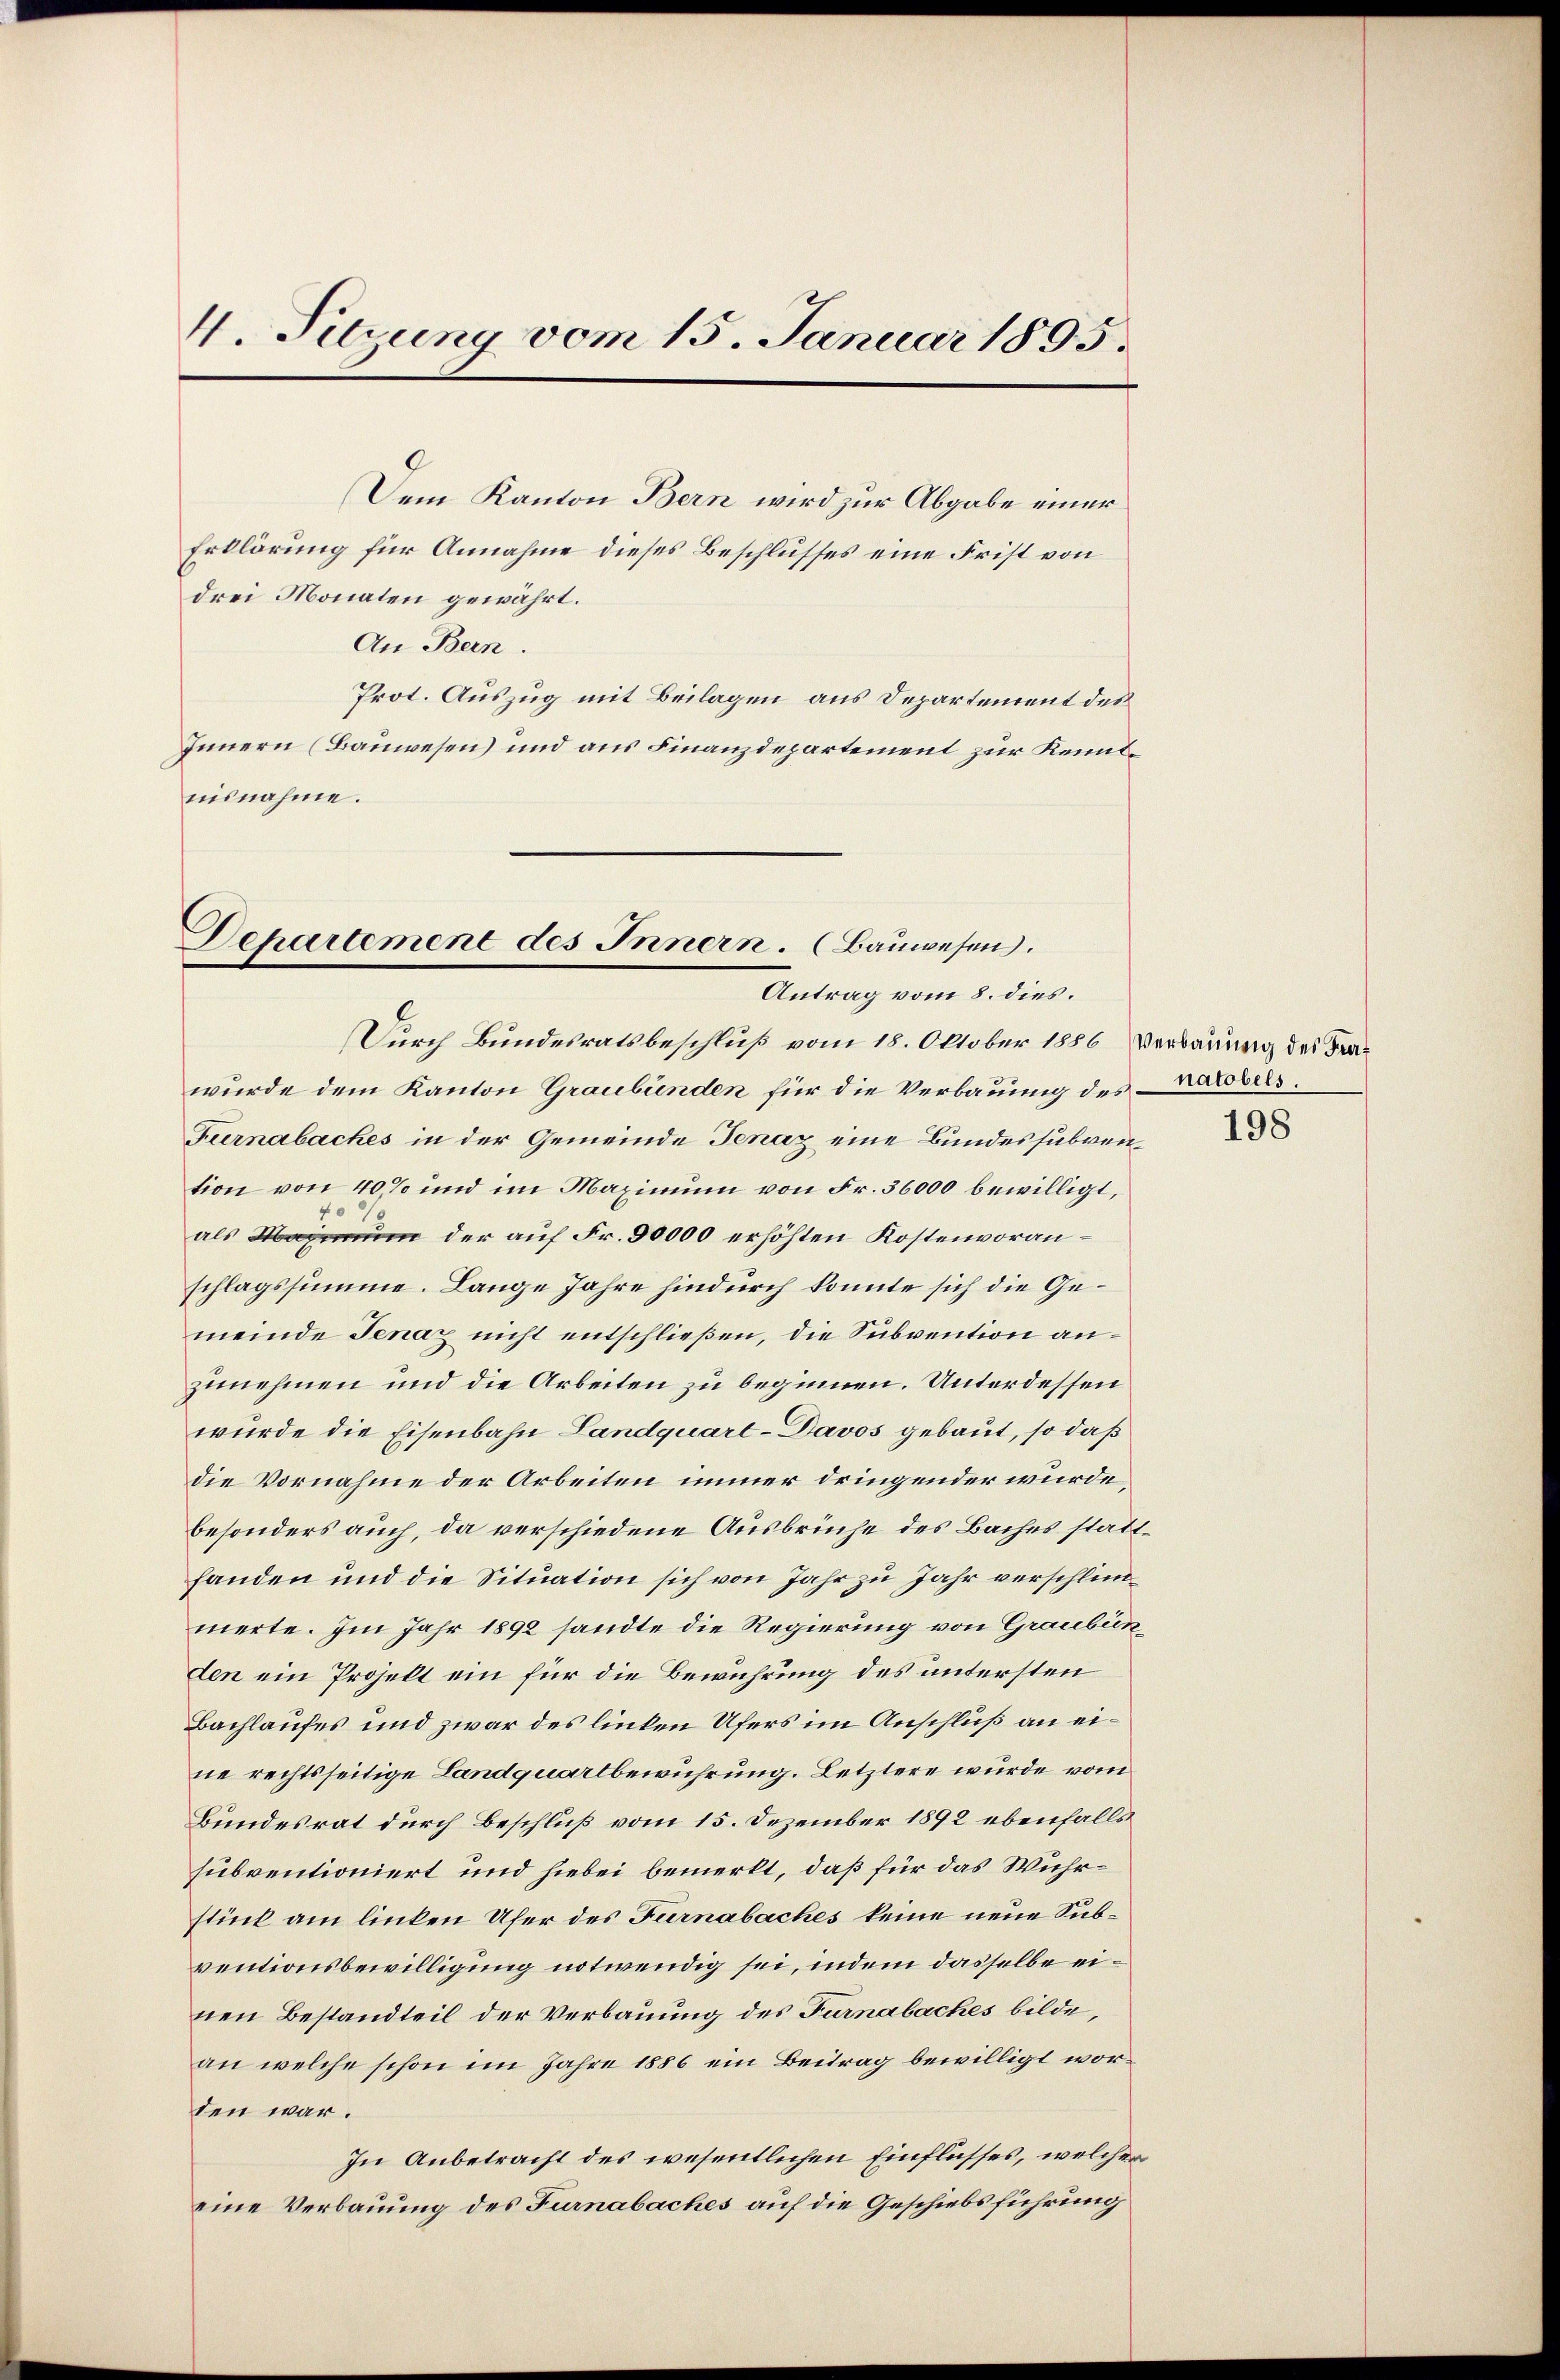
4. Sitzung vom 15. Januar 1895.

Dem Kanton Bern wird zur Abgabe einer
Erklärung für Annahme dieses Beschlusses eine Frist von
drei Monaten gewährt.
An Bern.
Prot. Auszug mit Beilagen aus Departement des
Innern (Bauwesen) und aus Finanzdepartement zur Kenntnisnahme.

Dehartement des Innern. (Bauwesen.
Antrag vom 8. dies.

Durch Bundesratsbeschluß vom 18. Oktober 1886 Verbauung des Frawurde dem Kanton Graubünden für die Verbauung des ratobers.
Fiernabaches in der Gemeinde Jenaz eine Bundessubvention von 40% und im Maximum von Fr. 36000 bewilligt,
als um der auf Fr. 30000 erhöhten Kostenvoranschlagssumme. Lange Jahre hindurch konnte sich die Gemeinde Jenaz nicht entschließen, die Subvention anzunehmen und die Arbeiten zu beginnen. Unterdessen
wurde die Eisenbahn Landquart-Davos gebaut, so daß
die Vornahme der Arbeiten immer dringender wurde,
besonders auch, da verschiedene Ausbrüche des Baches stattfanden und die Situation sich von Jahr zu Jahr verschlimmerte. Im Jahr 1892 sandte die Regierung von Graubünden ein Projekt ein für die Bewuhrung des untersten
Bachlaufes und zwar des linken Ufers im Anschluß an eine rechtsseitige Landquartbewuhrung. Letztere wurde vom
Bundesrat durch Beschluß vom 15. Dezember 1892 ebenfalls
subventioniert und hiebei bemerkt, daß für das Wuhrstück am linken Ufer des Furnabaches keine neue Subventionsbewilligung notwendig sei, indem dasselbe einen Bestandteil der Verbauung des Furnabaches bilde,
an welche schon im Jahre 1886 ein Beitrag bewilligt worden war.
In Anbetracht des wesentlichen Einflusses, welcher
eine Verbauung des Furnabaches auf die Geschiebsführung

198